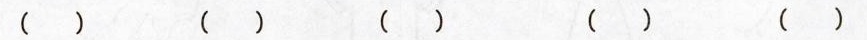
( ) ( ) ( ) ( ) ( )